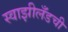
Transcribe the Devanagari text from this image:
स्वाझीलँडची